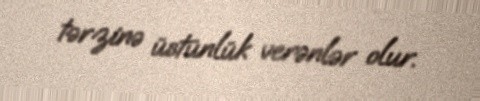
tərzinə üstünlük verənlər olur.